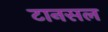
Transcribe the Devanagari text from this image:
टानसल